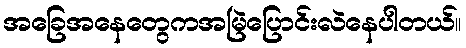
အခြေအနေတွေကအမြဲပြောင်းလဲနေပါတယ်။